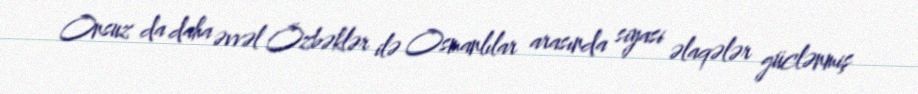
Onsuz da daha əvvəl Özbəklər ilə Osmanlılar arasında siyasi əlaqələr güclənmiş